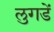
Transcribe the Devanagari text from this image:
लुगडें